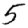
Digit: 5